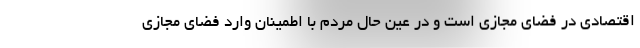
اقتصادی در فضای مجازی است و در عین حال مردم با اطمینان وارد فضای مجازی